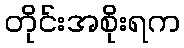
တိုင်းအစိုးရက